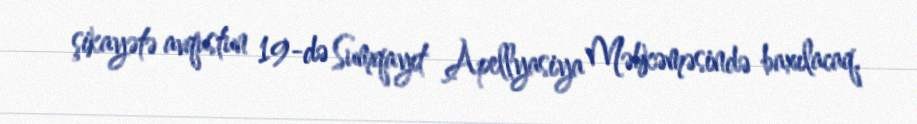
şikayətə avqustun 19-də Sumqayıt Apellyasiya Məhkəməsində baxılacaq.